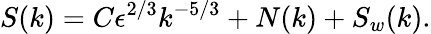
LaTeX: S(k)=C\epsilon^{2/3}k^{-5/3}+N(k)+S_{w}(k).